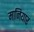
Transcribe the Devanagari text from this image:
मानियार